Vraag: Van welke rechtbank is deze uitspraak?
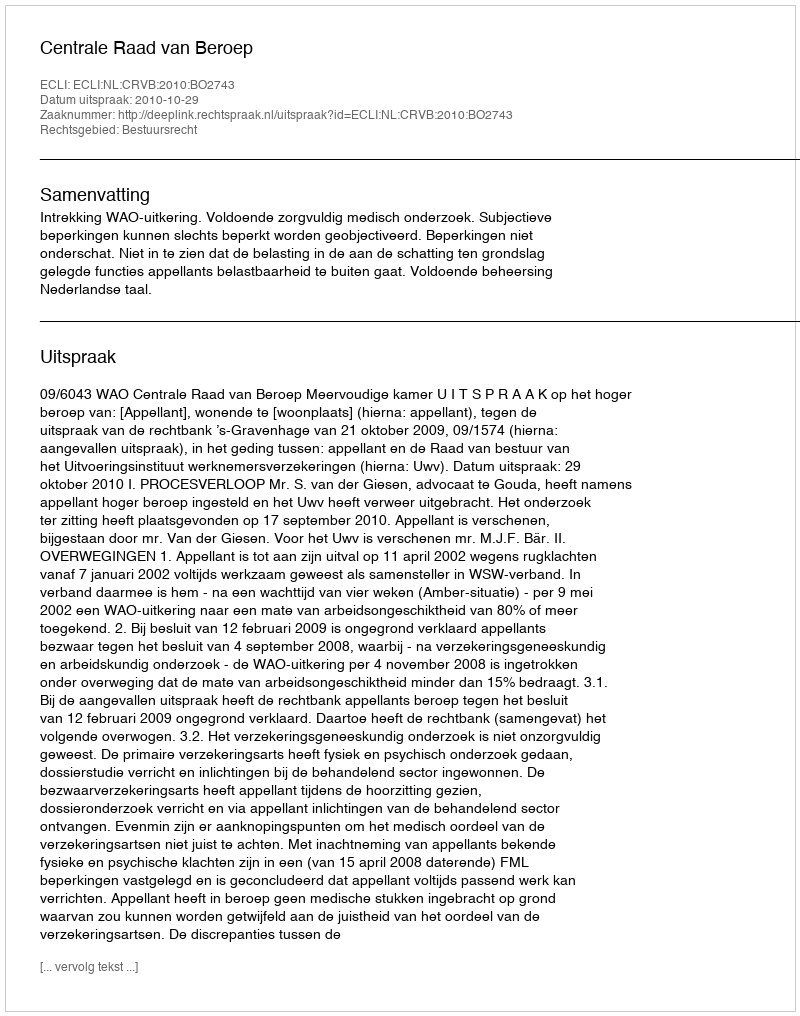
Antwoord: Centrale Raad van Beroep